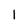
Character: I